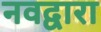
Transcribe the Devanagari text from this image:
नवद्वारा